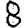
Digit: 8